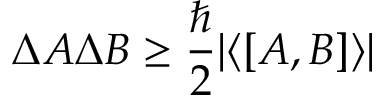
\Delta A \Delta B \ge \frac { \hbar } { 2 } \vert \langle [ A , B ] \rangle \vert